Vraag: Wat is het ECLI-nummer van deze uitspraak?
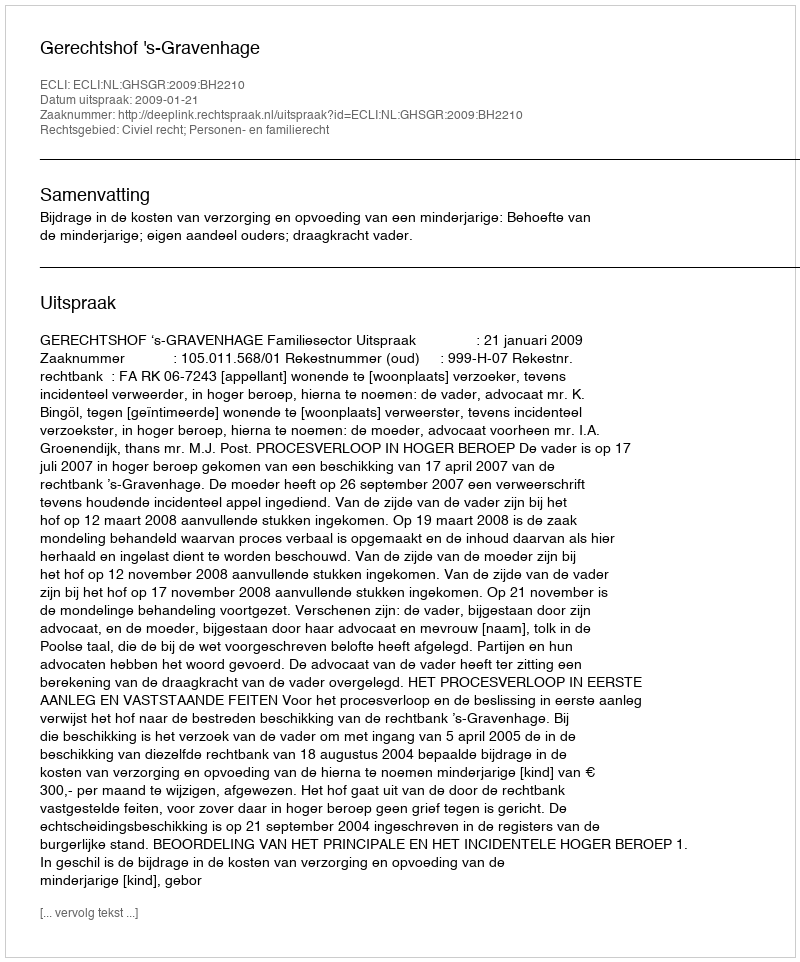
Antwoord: ECLI:NL:GHSGR:2009:BH2210